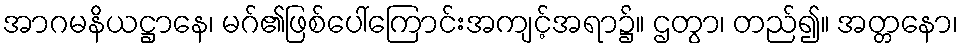
အာဂမနိယဋ္ဌာနေ၊ မဂ်၏ဖြစ်ပေါ်ကြောင်းအကျင့်အရာ၌။ ဌတွာ၊ တည်၍။ အတ္တနော၊